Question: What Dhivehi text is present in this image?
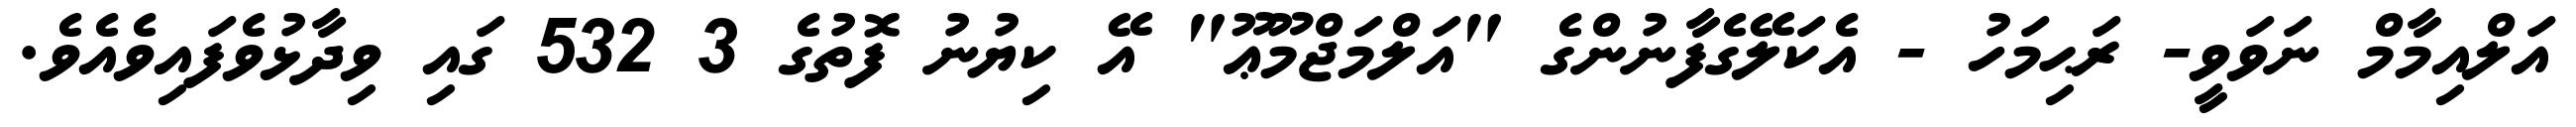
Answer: އަލްއިމާމް ނަވަވީ- ރަޙިމަހު - އެކަލޭގެފާނުންގެ "އަލްމަޖްމޫޢޫ" އޭ ކިޔުނު ފޮތުގެ 3 532 ގައި ވިދާޅުވެފައިވެއެވެ.